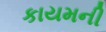
કાયમની